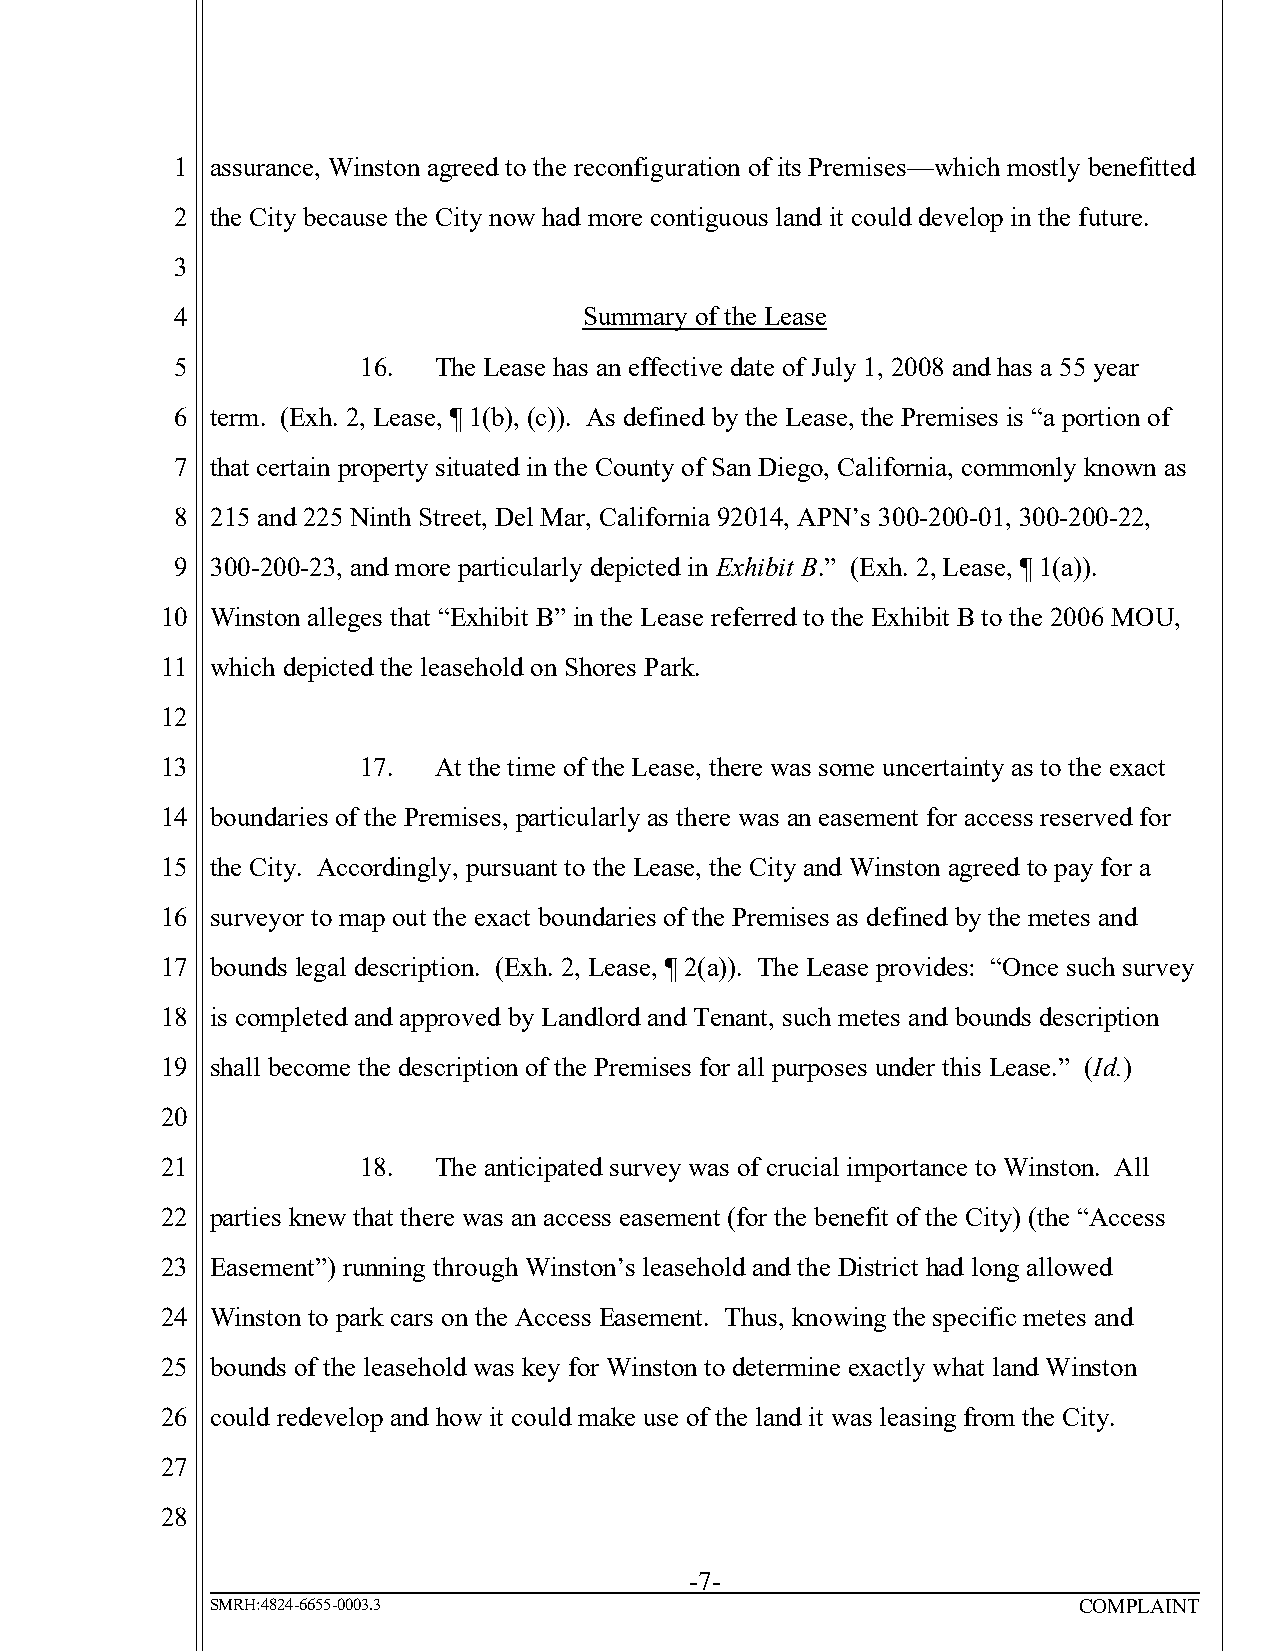
1 assurance, Winston agreed to the reconfiguration of its Premises—which mostly benefitted
 2 the City because the City now had more contiguous land it could develop in the future.
 3
 4                          Summary of the Lease
 5           16.  The Lease has an effective date of July 1, 2008 and has a 55 year
 6 term. (Exh. 2, Lease, ¶ 1(b), (c)). As defined by the Lease, the Premises is “a portion of
 7 that certain property situated in the County of San Diego, California, commonly known as
 8 215 and 225 Ninth Street, Del Mar, California 92014, APN’s 300-200-01, 300-200-22,
 9 300-200-23, and more particularly depicted in Exhibit B.” (Exh. 2, Lease, ¶ 1(a)).
 10 Winston alleges that “Exhibit B” in the Lease referred to the Exhibit B to the 2006 MOU,
 11 which depicted the leasehold on Shores Park.
 12
 13           17.  At the time of the Lease, there was some uncertainty as to the exact
 14 boundaries of the Premises, particularly as there was an easement for access reserved for
 15 the City. Accordingly, pursuant to the Lease, the City and Winston agreed to pay for a
 16 surveyor to map out the exact boundaries of the Premises as defined by the metes and
 17 bounds legal description. (Exh. 2, Lease, ¶ 2(a)). The Lease provides: “Once such survey
 18 is completed and approved by Landlord and Tenant, such metes and bounds description
 19 shall become the description of the Premises for all purposes under this Lease.” (Id.)
 20
 21           18.  The anticipated survey was of crucial importance to Winston. All
 22 parties knew that there was an access easement (for the benefit of the City) (the “Access
 23 Easement”) running through Winston’s leasehold and the District had long allowed
 24 Winston to park cars on the Access Easement. Thus, knowing the specific metes and
 25 bounds of the leasehold was key for Winston to determine exactly what land Winston
 26 could redevelop and how it could make use of the land it was leasing from the City.
 27
 28
 -7-
 SMRH:4824-6655-0003.3                                    COMPLAINT